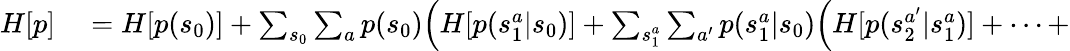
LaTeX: \begin{array}{rl}{H[p]}&{{}=H[p(s_{0})]+\sum_{s_{0}}\sum_{a}p(s_{0})\Big(H[p(s_{1}^{a}|s_{0})]+\sum_{s_{1}^{a}}\sum_{a^{\prime}}p(s_{1}^{a}|s_{0})\Big(H[p(s_{2}^{a^{\prime}}|s_{1}^{a})]+\cdots+}\end{array}